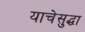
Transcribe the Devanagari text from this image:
याचेसुद्धा